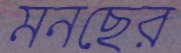
মনছের